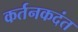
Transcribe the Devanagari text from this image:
कर्तनकदंत